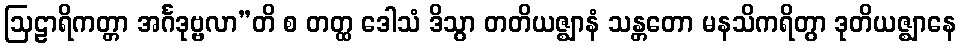
ဩဠာရိကတ္တာ အင်္ဂဒုဗ္ဗလာ”တိ စ တတ္ထ ဒေါသံ ဒိသွာ တတိယဇ္ဈာနံ သန္တတော မနသိကရိတွာ ဒုတိယဇ္ဈာနေ